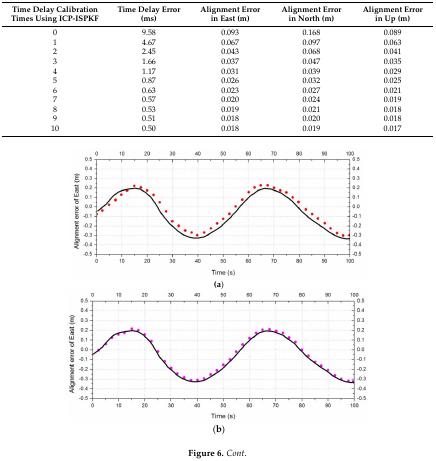
<table><thead><tr><td><b>Time Delay Calibration Times Using ICP-ISPKF </b></td><td><b>Time Delay Error (ms)</b></td><td><b>Alignment Error in East (m)</b></td><td><b>Alignment Error in North (m)</b></td><td><b>Alignment Error in Up (m)</b></td></tr></thead><tbody><tr><td>0</td><td>9.58 </td><td>0.093 </td><td>0.168 </td><td>0.089 </td></tr><tr><td>1</td><td>4.67 </td><td>0.067 </td><td>0.097 </td><td>0.063 </td></tr><tr><td>2</td><td>2.45 </td><td>0.043</td><td>0.068</td><td>0.041</td></tr><tr><td>3</td><td>1.66 </td><td>0.037</td><td>0.047</td><td>0.035</td></tr><tr><td>4</td><td>1.17 </td><td>0.031</td><td>0.039</td><td>0.029</td></tr><tr><td>5</td><td>0.87 </td><td>0.026</td><td>0.032</td><td>0.025</td></tr><tr><td>6</td><td>0.63 </td><td>0.023</td><td>0.027</td><td>0.021</td></tr><tr><td>7</td><td>0.57 </td><td>0.020</td><td>0.024</td><td>0.019</td></tr><tr><td>8</td><td>0.53 </td><td>0.019</td><td>0.021</td><td>0.018</td></tr><tr><td>9</td><td>0.51 </td><td>0.018</td><td>0.020</td><td>0.018</td></tr><tr><td>10</td><td>0.50 </td><td>0.018</td><td>0.019</td><td>0.017</td></tr></tbody></table>